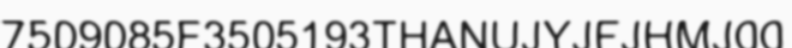
7509085F3505193THANUJYJFJHMJ00